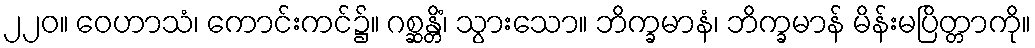
၂၂၀။ ဝေဟာသံ၊ ကောင်းကင်၌။ ဂစ္ဆန္တိံ၊ သွားသော။ ဘိက္ခမာနံ၊ ဘိက္ခမာန် မိန်းမပြိတ္တာကို။